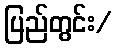
ပြည်တွင်း/